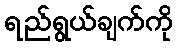
ရည်ရွယ်ချက်ကို